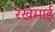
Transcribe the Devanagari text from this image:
रखमाई